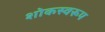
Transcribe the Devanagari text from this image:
शोकस्वरूप